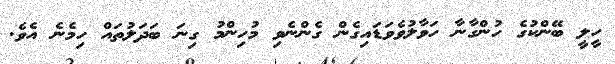
ހީލީ ބޭންކުގެ ހުންގާނާ ހަވާލުވެވަޑައިގެން ގެންނެވި މުހިންމު ގިނަ ބަދަލުތައް ހިމެނެ އެވެ.